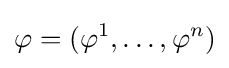
{\varphi =(\varphi ^{1},\ldots ,\varphi ^{n})}